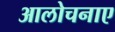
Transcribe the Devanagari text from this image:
आलोचनाए